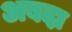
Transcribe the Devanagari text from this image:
अबदा